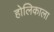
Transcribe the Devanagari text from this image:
होलिकाला